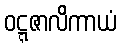
ဝဋ္ဋဇာလိကာယံ